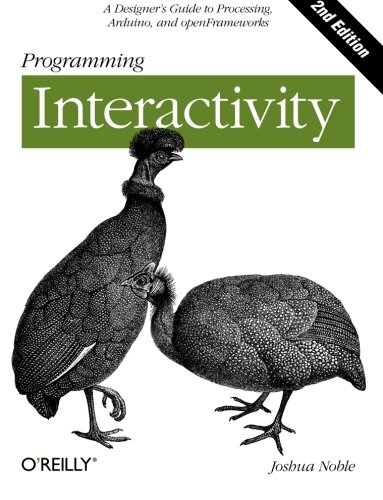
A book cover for Programming Interactivity; Joshua Noble; Computers & Technology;